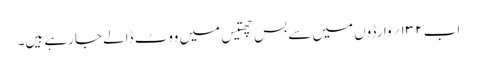
اب ۱۳۲؍ وارڈوں میں سے بس چھتیس میں ووٹ ڈالے جارہے ہیں۔